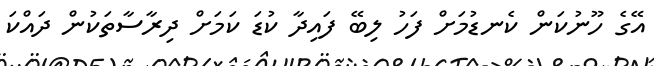
އޭގެ ހޫނުކަން ކެނޑުމަށް ފަހު ލިބޭ ފައިދާ ކުޑަ ކަމަށް ދިރާސާތަކުން ދައްކަ